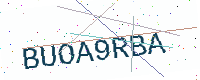
Text: BUOA9RBA